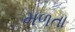
મળતા